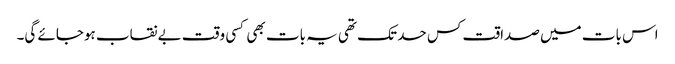
اس بات میں صداقت کس حد تک تھی یہ بات بھی کسی وقت بے نقاب ہوجائے گی۔